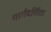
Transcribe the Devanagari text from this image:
मार्गदर्शिता